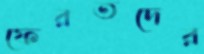
ফেরতদের